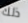
ذلك